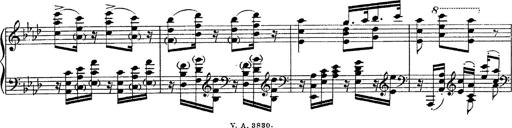
Title: Fantasie Ã¼ber Themen aus Mozarts Figaro und Don Giovanni
Composer: Franz Liszt